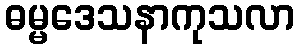
ဓမ္မဒေသနာကုသလာ